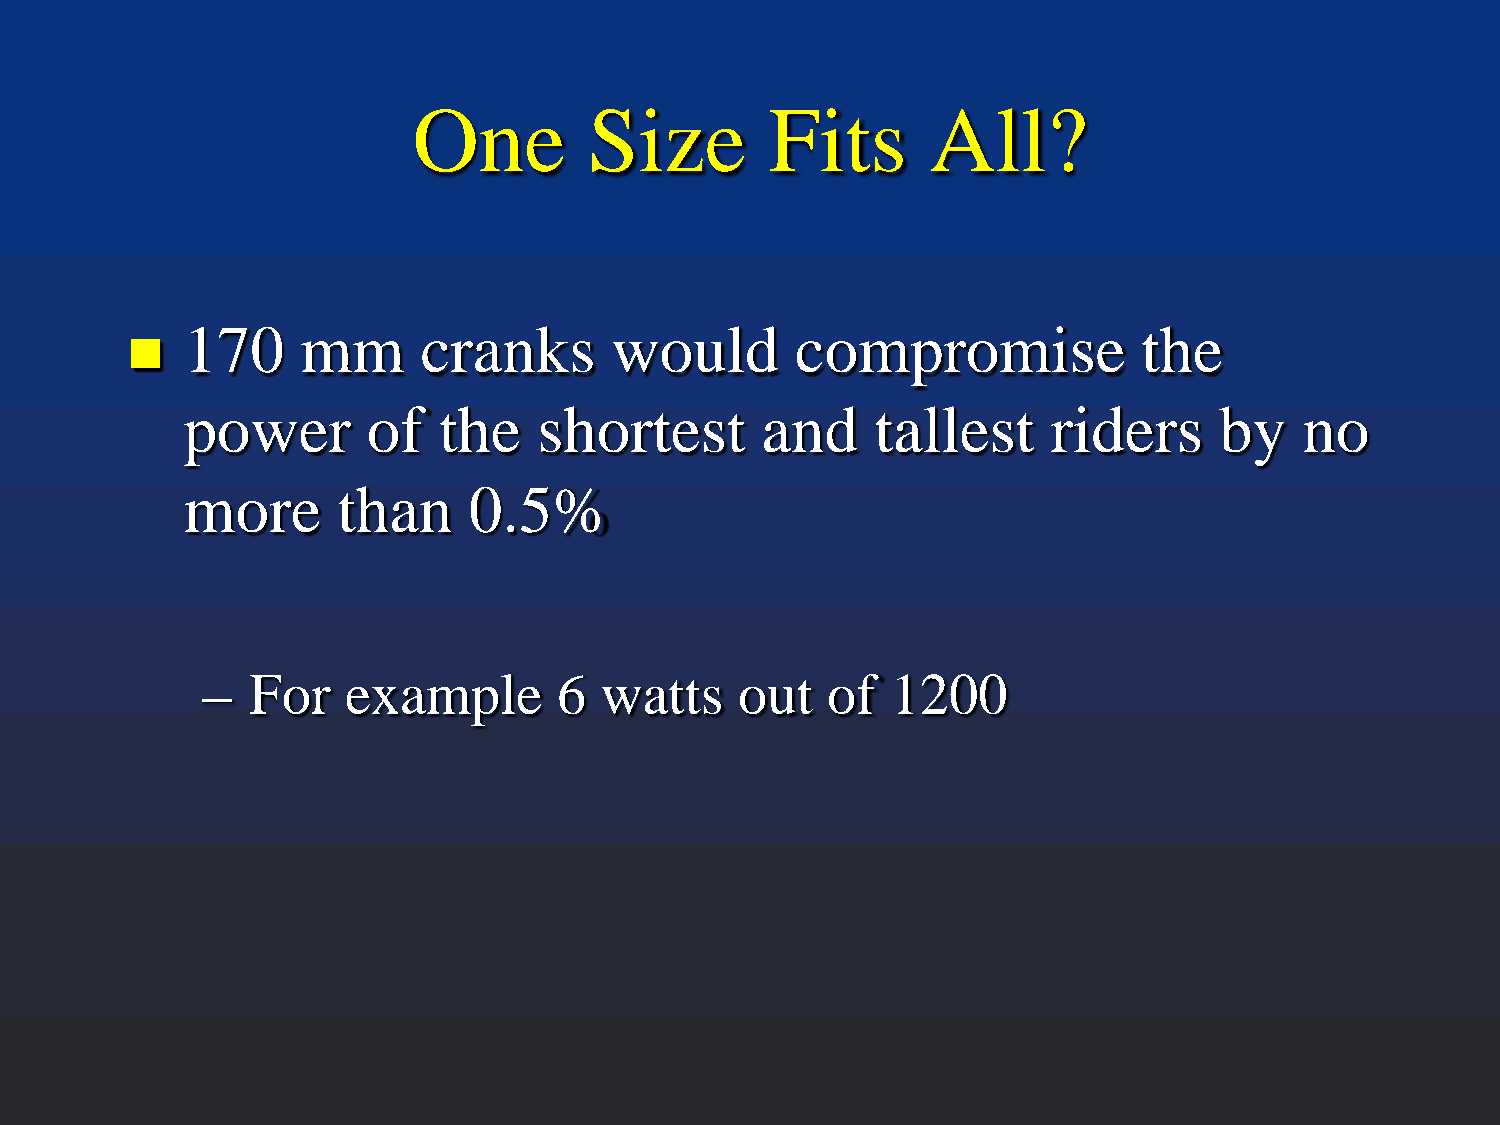
One         Size        Fits       All?
 170     mm      cranks      would        compromise             the
 
 power       of   the    shortest      and     tallest     riders     by   no
 more      than     0.5%
 –   For   example       6  watts    out   of  1200